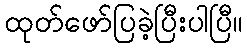
ထုတ်ဖော်ပြခဲ့ပြီးပါပြီ။